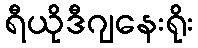
ရီယိုဒီဂျနေးရိုး